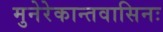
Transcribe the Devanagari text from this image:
मुनेरेकान्तवासिनः